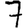
Digit: 7